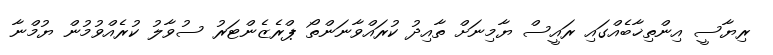
ރިޔާސީ އިންތިޚާބެއްގައި ރައީސް ޔާމިނަށް ތާއިދު ކުރައްވާނަންތޯ ޕްރެޒެންޓަރު ސުވާލު ކުރެއްވުމުން ޔުމްނާ